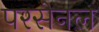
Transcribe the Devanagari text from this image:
परसेनल